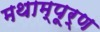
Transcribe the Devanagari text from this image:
मथाम्पूर्ण